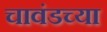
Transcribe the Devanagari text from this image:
चावंडच्या